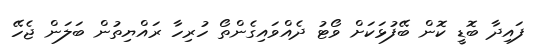
ފައިދާ ބޮޑީ ކޮން ބޭފުޅަކަށް ވޯޓު ދެއްވައިގެންތޯ ހުރިހާ ރައްޔިތުން ބަލަން ޖެހޭ